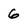
Character: 6